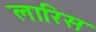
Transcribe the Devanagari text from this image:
लारिस